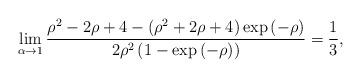
LaTeX: \begin{align*}\lim_{\alpha \rightarrow 1}\frac{{\rho}^2-2 \rho+ 4- \left({\rho}^2+2 \rho+4\right)\exp\left(-\rho\right)} {2\rho^2\left(1-\exp\left(-\rho\right)\right)}=\frac{1}{3},\end{align*}